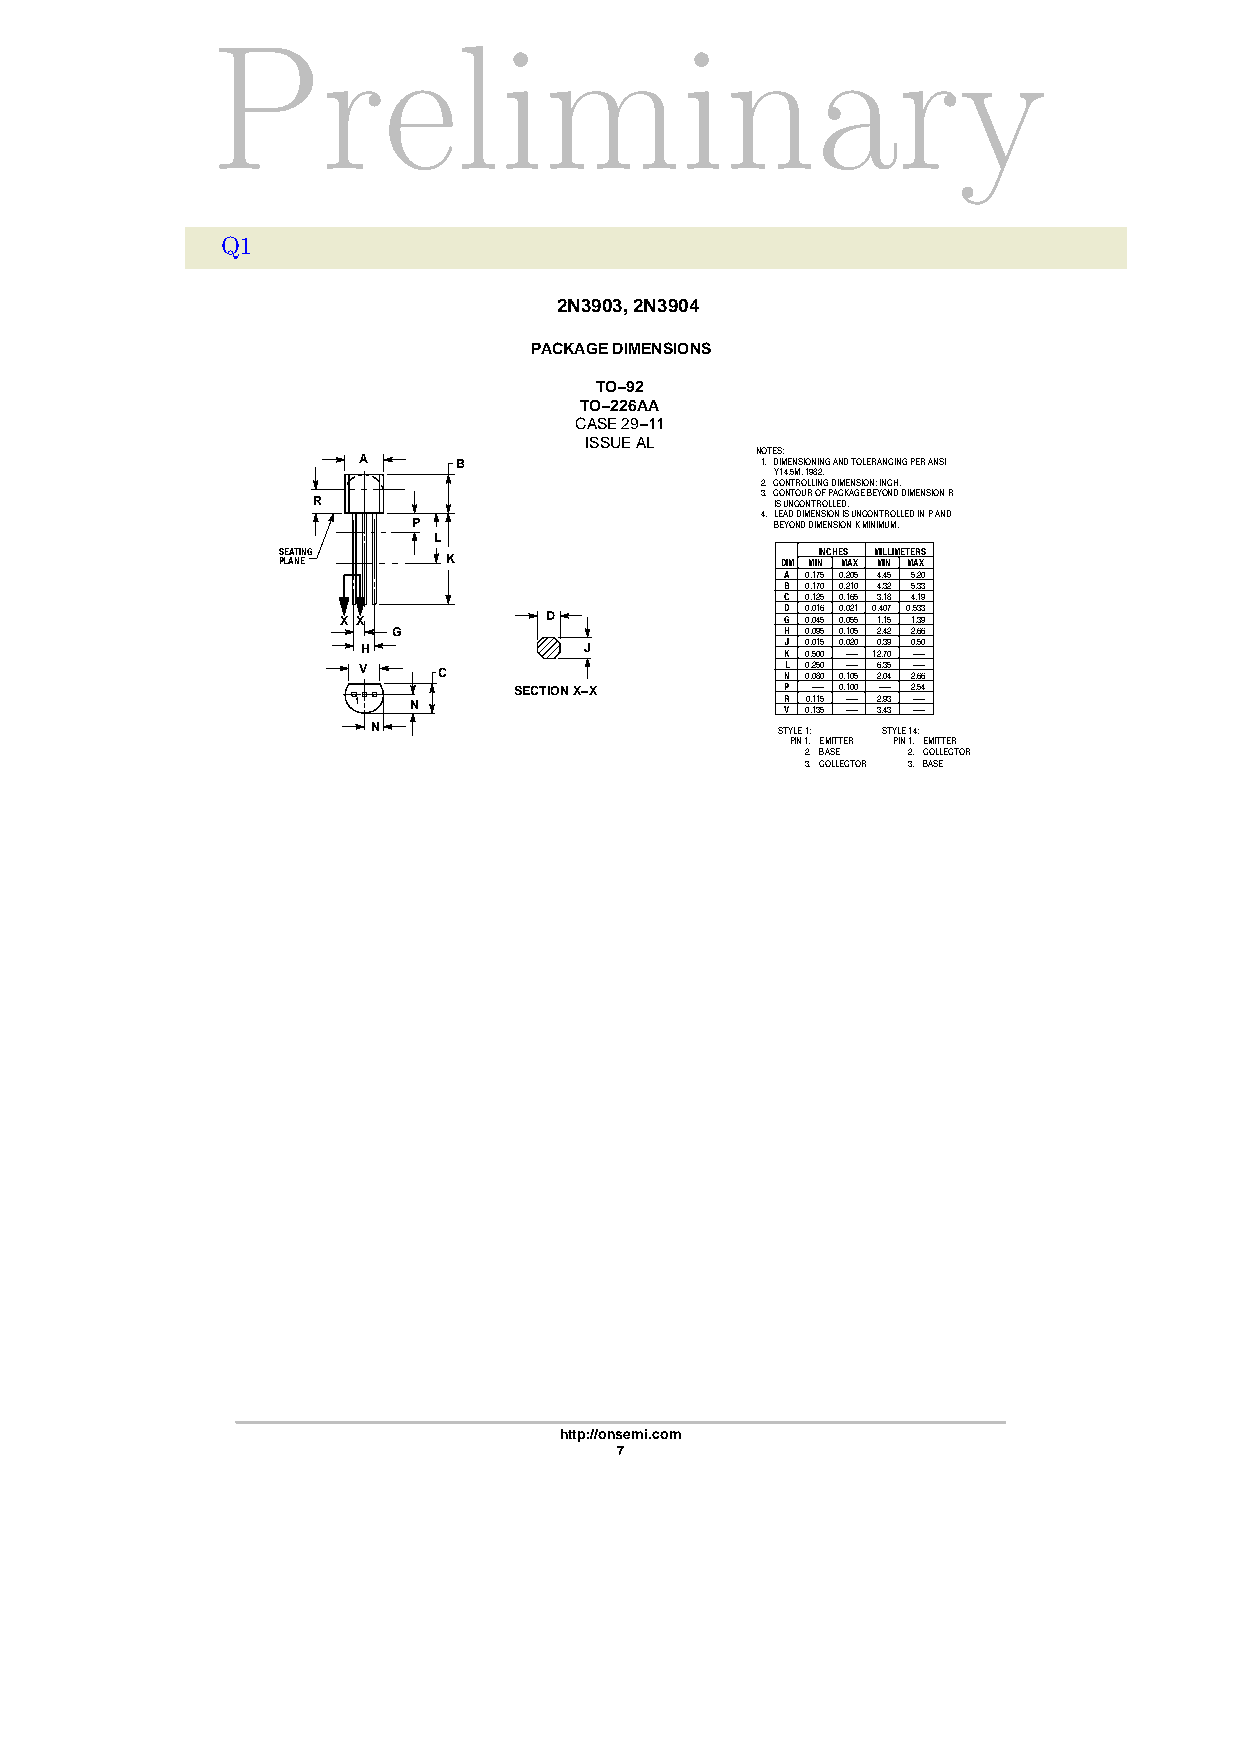
Preliminary
 Q1
 2N3903, 2N3904
 PACKAGE DIMENSIONS
 TO−92
 TO−226AA
 CASE 29−11
 ISSUE AL
 NOTES:
 A     B                   1. DIMENSIONING AND TOLERANCING PER ANSI
 Y14.5M, 1982.
 2. CONTROLLING DIMENSION: INCH.
 3. CONTOUR OF PACKAGE BEYOND DIMENSION R
 R                             IS UNCONTROLLED.
 4. LEAD DIMENSION IS UNCONTROLLED IN P AND
 P                       BEYOND DIMENSION K MINIMUM.
 L
 SEATING                             INCHES MILLIMETERS
 PLANE       K                     DIM MIN MAX MIN MAX
 A 0.175 0.205 4.45 5.20
 B 0.170 0.210 4.32 5.33
 C 0.125 0.165 3.18 4.19
 D 0.016 0.021 0.407 0.533
 X X           D               G 0.045 0.055 1.15 1.39
 G                         H 0.095 0.105 2.42 2.66
 H              J            KJ 0 0. .0 51 05 0 0.0 -2 --0 120 .. 73 09 0 -. -5 -0
 V    C                      NL 0 0. .2 05 80 0 0.1- 0-- 5 6 2. .3 05 4 2- .- 6- 6
 SECTION X−X       P --- 0.100 --- 2.54
 1   N                        R V 00 .. 11 31 55 - -- -- - 2 3. .9 43 3 - -- -- -
 N                          STYLE 1: STYLE 14:
 PIN 1. EMITTER PIN 1. EMITTER
 2. BASE 2. COLLECTOR
 3. COLLECTOR 3. BASE
 http://onsemi.com
 7